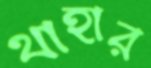
থাহার